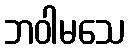
ဘဝါမသေ